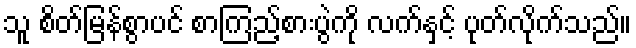
သူ စိတ်မြန်စွာပင် စာကြည့်စားပွဲကို လက်နှင့် ပုတ်လိုက်သည်။